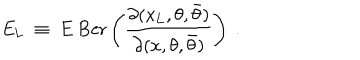
E _ { \mathrm { L } } \ \equiv \ E \ \mathrm { B e r } \left( { \frac { \partial ( x _ { \mathrm { L } } , \theta , \bar { \theta } ) } { \partial ( x , \theta , \bar { \theta } ) } } \right) \ .